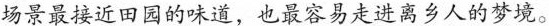
场景最接近田园的味道，也最容易走进离乡人的梦境。